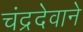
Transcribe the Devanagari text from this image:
चंद्रदेवाने